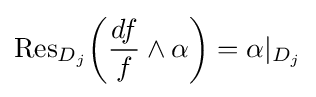
{\text{Res}}_{D_{j}}{\bigg (}{\frac {df}{f}}\wedge \alpha {\bigg )}=\alpha |_{D_{j}}